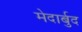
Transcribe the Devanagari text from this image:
मेदार्बुद